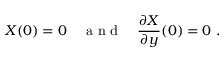
X ( 0 ) = 0 \quad \textrm { a n d } \quad \frac { \partial { X } } { \partial { y } } ( 0 ) = 0 ~ .